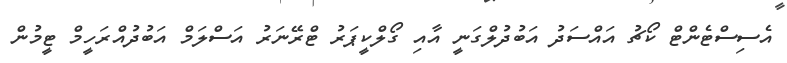
އެސިސްޓެންޓް ކޯޗު އައްސަދު އަބުދުލްގަނީ އާއި ގޯލްކީޕަރު ޓްރޭނަރު އަސްލަމް އަބުދުއްރަހީމް ޓީމުން